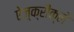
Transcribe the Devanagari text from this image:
ऐज़्क्रौक्ले